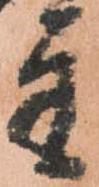
主